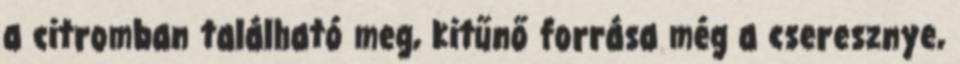
a citromban található meg, kitűnő forrása még a cseresznye,